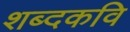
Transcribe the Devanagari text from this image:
शब्दकवि